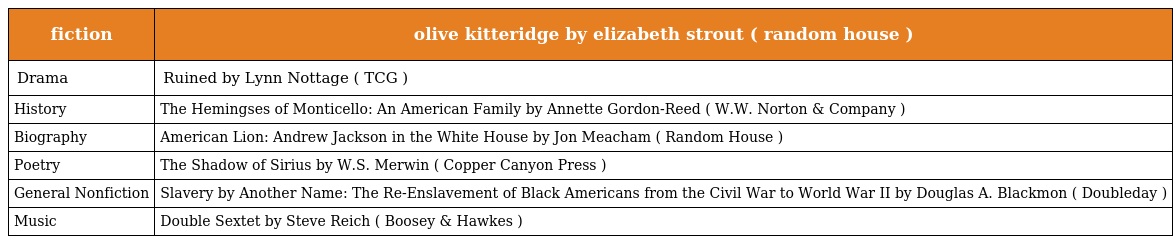
| fiction | olive kitteridge by elizabeth strout ( random house ) |
 | --- | --- |
 | Drama | Ruined by Lynn Nottage ( TCG ) |
 | History | The Hemingses of Monticello: An American Family by Annette Gordon-Reed ( W.W. Norton & Company ) |
 | Biography | American Lion: Andrew Jackson in the White House by Jon Meacham ( Random House ) |
 | Poetry | The Shadow of Sirius by W.S. Merwin ( Copper Canyon Press ) |
 | General Nonfiction | Slavery by Another Name: The Re-Enslavement of Black Americans from the Civil War to World War II by Douglas A. Blackmon ( Doubleday ) |
 | Music | Double Sextet by Steve Reich ( Boosey & Hawkes ) |